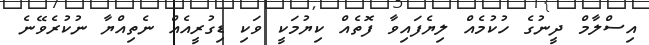
އިސްލާމް ދީނުގެ ހުކުމެއް ލިޔެފައިވާ ފޮތެއް ކިޔުމަކީ ވަކި ޑިގުރީއެއް ނެތިއްޔާ ނުކުރެވޭނެ